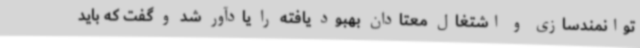
توانمندسازی و اشتغال معتادان بهبود یافته را یادآور شد و گفت که باید